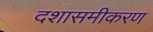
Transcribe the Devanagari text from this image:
दशासमीकरण